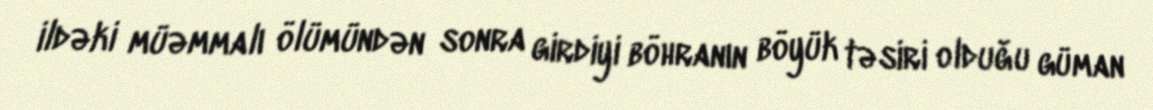
ildəki müəmmalı ölümündən sonra girdiyi böhranın böyük təsiri olduğu güman